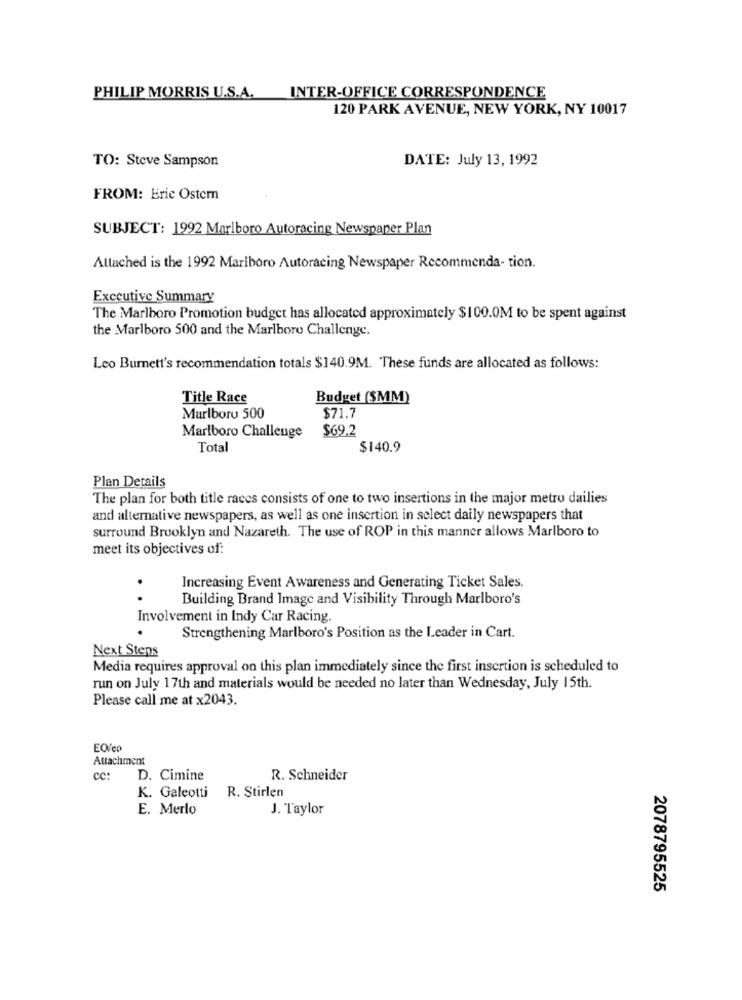
PHILIP MORRIS U.S.A. INTER-OFFICE CORRESPONDENCE
120 PARK AVENUE, NEW YORK, NY 10017
TO: Steve Sampson
DATE: July 13, 1992
FROM: Eric Ostern
SUBJECT: 1992 Marlboro Autoracing Newspaper Plan
Attached is the 1992 Mariboro Autoracing Newspaper Recommenda- tion.
Executive Summary
The Marlboro Promotion budget has allocated approximately $100.0M to be spent against
the Marlboro 500 and the Marlboro Challenge.
Leo Burnett's recommendation totals $140.9M. These funds are allocated as follows:
Title Race
Budget (SMM)
Marlboro 500
$71.7
Marlboro Challenge
$69.2
Total
$140.9
Plan Details
The plan for both title races consists of one to two insertions in the major metro dailies
and alternative newspapers, as well as one insertion in select daily newspapers that
surround Brooklyn and Nazareth. The use of ROP in this manner allows Marlboro to
meet its objectives of:
Increasing Event Awareness and Generating Ticket Sales.
. .
Building Brand Image and Visibility Through Marlboro's
Involvement in Indy Car Racing.
.
Strengthening Marlboro's Position as the Leader in Cart.
Next Steps
Media requires approval on this plan immediately since the first insertion is scheduled to
run on July 17th and materials would be needed no later than Wednesday, July 15th.
Please call me at x2043.
EO/co
Attachment
cc:
D. Cimine
R. Schneider
K. Galeotti R. Stirlen
E. Merlo
J. Taylor
2078795525